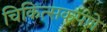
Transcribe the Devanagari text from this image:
चिकित्सकपणे